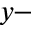
y -